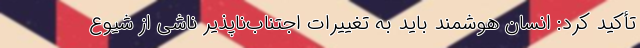
تأکید کرد: انسان هوشمند باید به تغییرات اجتناب‌ناپذیر ناشی از شیوع